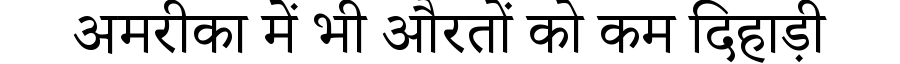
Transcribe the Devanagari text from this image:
अमरीका में भी औरतों को कम दिहाड़ी